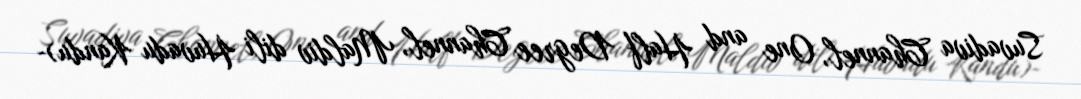
Suvadiva Channel, One and Half Degree Channel, Maldiv dili Huvadu Kandu)-